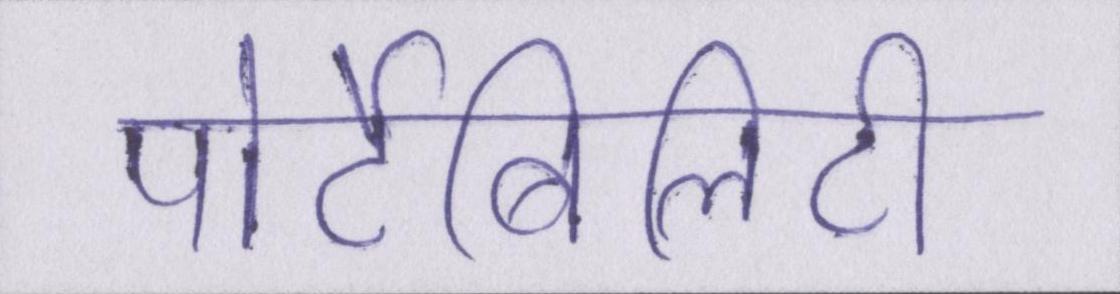
पोर्टेबिलिटी